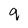
Character: q